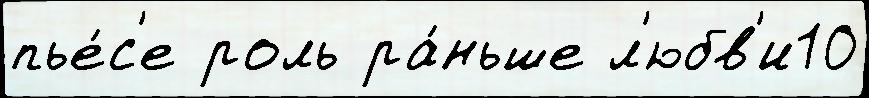
пье́с'е роль ра́ньше л'юбв'и10